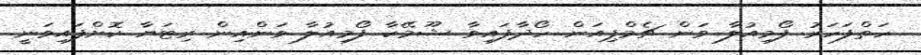
ހަތްފަހަރު ފޯމިއުލާ ވަން ޗެމްޕިއަން ހޯދާފައިވާ ޝޫމޭކާ ފޯމިއުލާ ވަންއިން ރިޓަޔާ ކޮށްފައިވަނީ